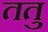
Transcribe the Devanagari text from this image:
ततु